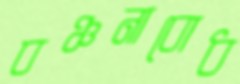
বঞ্চনাবোধ